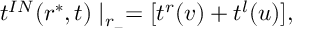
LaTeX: t ^ { I N } ( r ^ { * } , t ) \mid _ { r _ { - } } = [ t ^ { r } ( v ) + t ^ { l } ( u ) ] ,